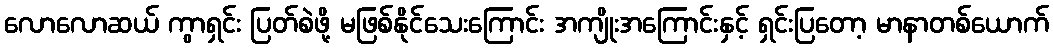
လောလောဆယ် ကွာရှင်း ပြတ်စဲဖို့ မဖြစ်နိုင်သေးကြောင်း အကျိုးအကြောင်းနှင့် ရှင်းပြတော့ မာနာတစ်ယောက်